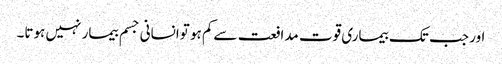
اور جب تک بیماری قوت مدافعت سےکم ہو توانسانی جسم بیمار نہیں ہوتا۔